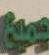
جميع